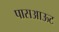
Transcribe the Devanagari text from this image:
पासआऊट